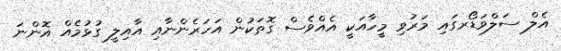
އެލް ސަލްވަޑޯރގައި މަރުވި މީހާއަކީ އެއްވެސް ގޮތަކުން އަހަރެންނާއި އާއިލީ ގުޅުމެއް އޮންނަ